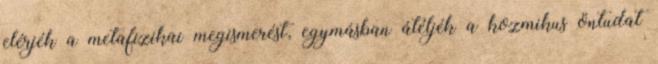
elérjék a metafizikai megismerést, egymásban átéljék a kozmikus öntudat